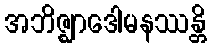
အဘိဇ္ဈာဒေါမနဿန္တိ